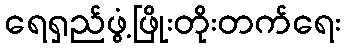
ရေရှည်ဖွံ့ဖြိုးတိုးတက်ရေး